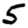
Digit: 5